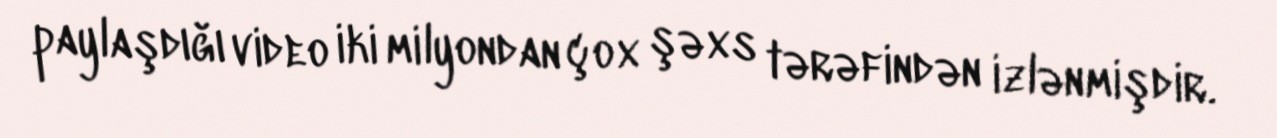
paylaşdığı video iki milyondan çox şəxs tərəfindən izlənmişdir.